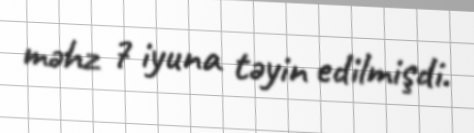
məhz 7 iyuna təyin edilmişdi.